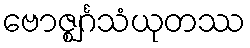
ဗောဇ္ဈင်္ဂသံယုတဿ